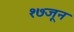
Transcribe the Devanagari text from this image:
१७जून